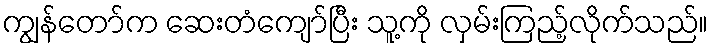
ကျွန်တော်က ဆေးတံကျော်ပြီး သူ့ကို လှမ်းကြည့်လိုက်သည်။